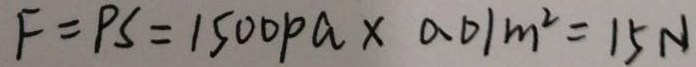
F = P S = 1 5 0 0 P a \times 0 . 0 1 m ^ { 2 } = 1 5 N